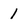
Character: 1